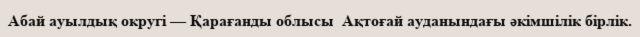
Абай ауылдық округі — Қарағанды облысы  Ақтоғай ауданындағы әкімшілік бірлік.